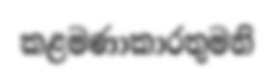
කළමණාකාරතුමනි